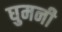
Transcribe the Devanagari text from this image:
घुमनी